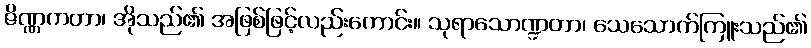
ဇိဏ္ဏကတာ၊ အိုသည်၏ အဖြစ်ဖြင့်လည်းကောင်း။ သုရာသောဏ္ဍတာ၊ သေသောက်ကြူးသည်၏